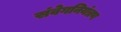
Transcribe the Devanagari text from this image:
संवेगनियंत्रण